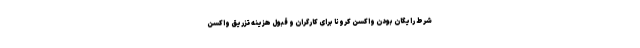
شرط رایگان بودن واکسن کرونا برای کارگران و قبول هزینه تزریق واکسن